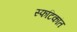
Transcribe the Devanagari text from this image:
स्फटिकांत